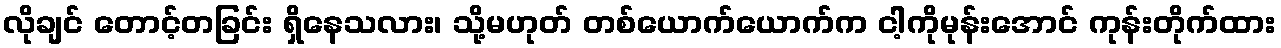
လိုချင် တောင့်တခြင်း ရှိနေသလား၊ သို့မဟုတ် တစ်ယောက်ယောက်က ငါ့ကိုမုန်းအောင် ကုန်းတိုက်ထား